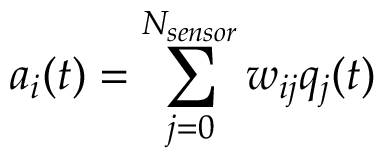
a _ { i } ( t ) = \sum _ { j = 0 } ^ { N _ { s e n s o r } } w _ { i j } q _ { j } ( t )